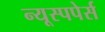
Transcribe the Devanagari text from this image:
न्यूस्पपेर्स